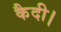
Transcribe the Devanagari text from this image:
कैदी।